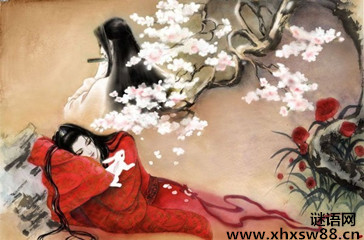
土花曾染湘娥黛，铅泪难消。